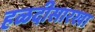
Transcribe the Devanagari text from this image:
हळदीसारखा